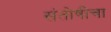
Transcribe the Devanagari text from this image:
संतोषीचा